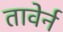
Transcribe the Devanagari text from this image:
तावेर्न